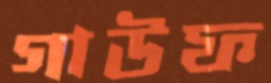
গাউফ